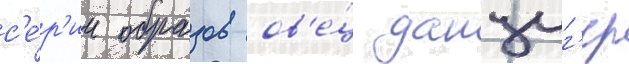
с'е́р'ии образов ов'е́ц данциг'ер